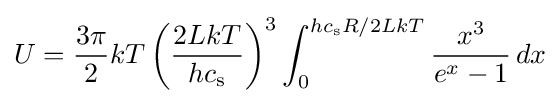
U={3\pi  \over 2}kT\left({2LkT \over hc_{\rm {s}}}\right)^{3}\int _{0}^{hc_{\rm {s}}R/2LkT}{x^{3} \over e^{x}-1}\,dx